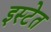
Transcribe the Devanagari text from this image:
इस्टेत